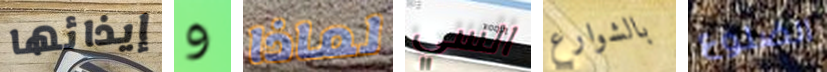
إيذائها و لماذا السي بالشوارع الضلوع